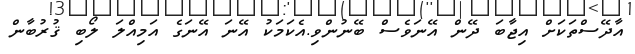
އާދޭސްތަކަށް އިޖާބަ ދޭން އޭނަވެސް ބޭނުންވި.އެކަމަކު އޭނަ އޭނަގެ އަމިއްލަ ލޯބި ޤުރުބާން